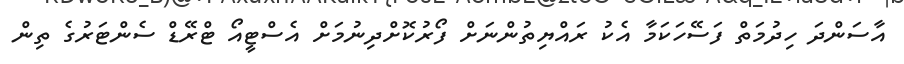
އާސަންދަ ހިދުމަތް ފަސޭހަކަމާ އެކު ރައްޔިތުންނަށް ފޯރުކޮށްދިނުމަށް އެސްޓީއޯ ޓްރޭޑް ސެންޓަރުގެ ތިން